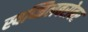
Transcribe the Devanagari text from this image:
स्वप्निलबरोबर